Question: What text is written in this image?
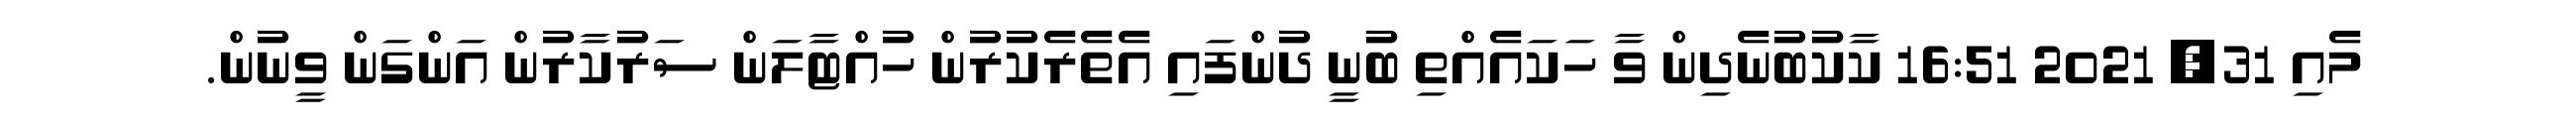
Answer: މެއި 31, 2021 16:51 ކާކުބުނެދިން ވާ ހަކައެއްތި ބުނީ ދުންފައި އެތެރެކުރުން ހުއްޓާލަން ސަރުކާރުން އަންގަން ވީނުން.